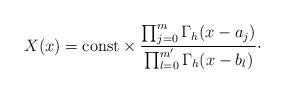
LaTeX: \begin{align*}X(x) = \mbox{const}\times \frac{\prod_{j=0}^m\Gamma_h(x-a_j) }{\prod_{l=0}^{m'} \Gamma_h(x-b_l)}\cdot\end{align*}